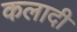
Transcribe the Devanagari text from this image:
कलादी